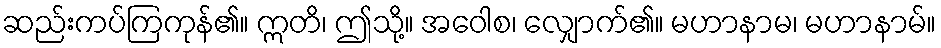
ဆည်းကပ်ကြကုန်၏။ ဣတိ၊ ဤသို့။ အဝေါစ၊ လျှောက်၏။ မဟာနာမ၊ မဟာနာမ်။